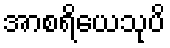
အာစရိယေသုပိ